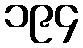
၁၉၄